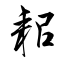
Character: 耜